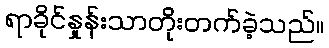
ရာခိုင်နှုန်းသာတိုးတက်ခဲ့သည်။